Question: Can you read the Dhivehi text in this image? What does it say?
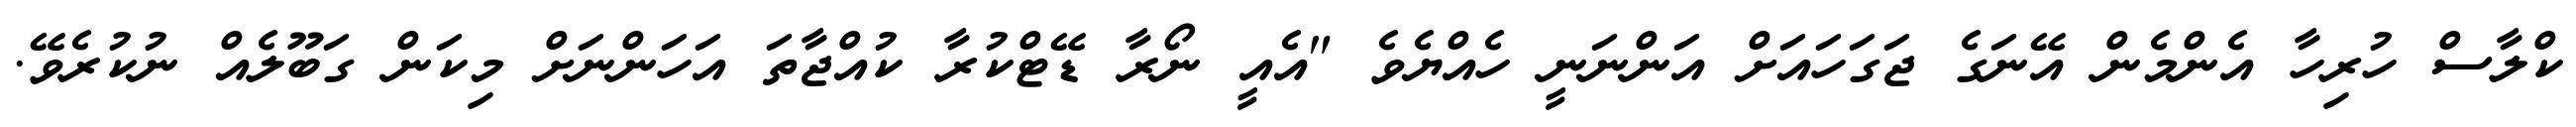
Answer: ކްލާސް ހުރިހާ އެންމެން އޭނަގެ ޖަގަހައަށް އަންނަނީ ހެއްޔެވެ "އެއީ ނޯރާ ޑޭޓްކުރާ ކުއްޖާތަ އަހަންނަށް މިކަން ގަބޫލެއް ނުކުރެވޭ.